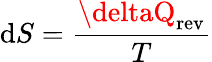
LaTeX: \mathrm{d}S={\frac{{\deltaQ_{\mathrm{{rev}}}}}{{T}}}